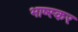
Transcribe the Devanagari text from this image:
भाष्स्कर